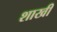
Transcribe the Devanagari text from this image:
शाखी